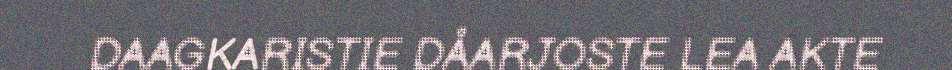
DAAGKARISTIE DÅARJOSTE LEA AKTE